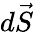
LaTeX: d\vec{S}